画像に写った文字を読んでください
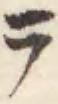
「ラ」と書いてあります